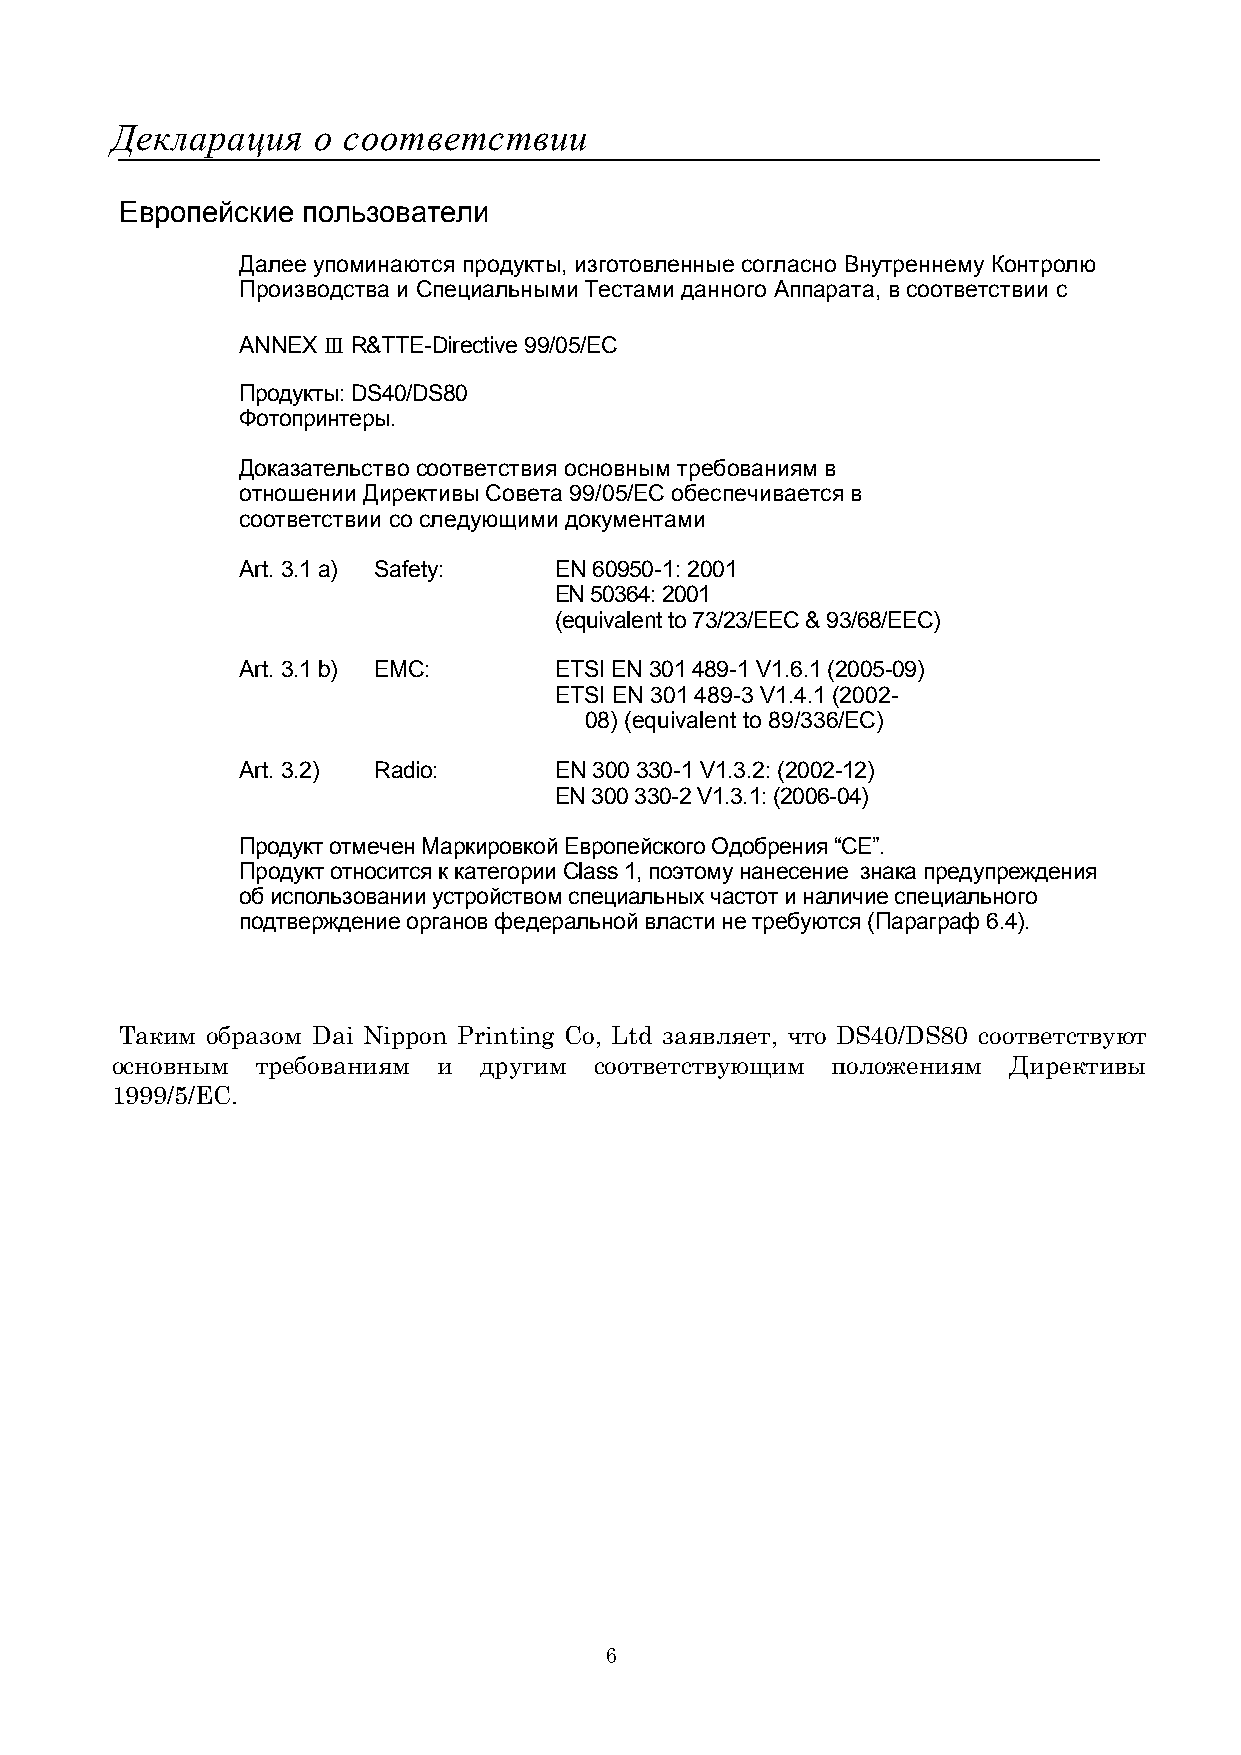
Декларация    о соответствии
 Европейские пользователи
 Далее упоминаются продукты, изготовленные согласно Внутреннему Контролю
 Производства и Специальными Тестами данного Аппарата, в соответствии с
 ANNEX Ⅲ R&TTE-Directive 99/05/EC
 Продукты: DS40/DS80
 Фотопринтеры.
 Доказательство соответствия основным требованиям в
 отношении Директивы Совета 99/05/EC обеспечивается в
 соответствии со следующими документами
 Art. 3.1 a) Safety:  EN 60950-1: 2001
 EN 50364: 2001
 (equivalent to 73/23/EEC & 93/68/EEC)
 Art. 3.1 b) EMC:     ETSI EN 301 489-1 V1.6.1 (2005-09)
 ETSI EN 301 489-3 V1.4.1 (2002-
 08) (equivalent to 89/336/EC)
 Art. 3.2) Radio:     EN 300 330-1 V1.3.2: (2002-12)
 EN 300 330-2 V1.3.1: (2006-04)
 Продукт отмечен Маркировкой Европейского Одобрения “CE”.
 Продукт относится к категории Class 1, поэтому нанесение знака предупреждения
 об использовании устройством специальных частот и наличие специального
 подтверждение органов федеральной власти не требуются (Параграф 6.4).
 Таким образом Dai Nippon Printing Co, Ltd заявляет, что DS40/DS80 соответствуют
 основным  требованиям и  другим соответствующим положениям  Директивы
 1999/5/EC.
 6